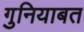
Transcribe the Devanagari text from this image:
गुनियाबत